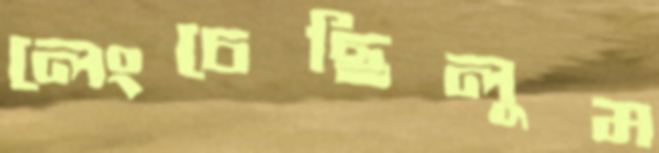
লেংচেছিলুম